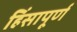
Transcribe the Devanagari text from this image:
हिंसापूर्ण